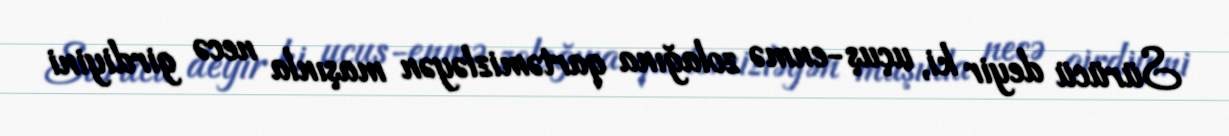
Sürücü deyir ki, uçuş-enmə zolağına qartəmizləyən maşınla necə girdiyini